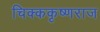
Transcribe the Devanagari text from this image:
चिक्ककृष्णराज